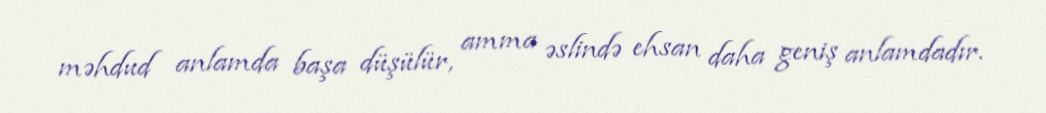
məhdud anlamda başa düşülür, amma əslində ehsan daha geniş anlamdadır.